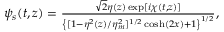
\begin{array} { r } { \! \! \! \! \! \! \! \! \! \psi _ { s } ( t , z ) = \frac { \sqrt { 2 } \eta ( z ) \exp [ i \chi ( t , z ) ] } { \left\{ [ 1 - \eta ^ { 2 } ( z ) / \eta _ { m } ^ { 2 } ] ^ { 1 / 2 } \cosh ( 2 x ) + 1 \right\} ^ { 1 / 2 } } , } \end{array}